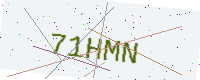
Text: 71HMN